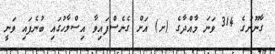
ގާނޫނުގެ 314 ވަނަ މާއްދާގެ (ށ) އަށް ގެނެސްފައިވާ އިސްލާހުގައި ބުނެފައި ވަނީ